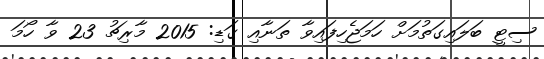
ސިޓީ ބަލައިގަތުމަށް ހަމަޖެހިފައިވާ ތަނާއި ގަޑި: 2015 މާރިޗު 23 ވާ ހޯމަ